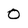
Character: O